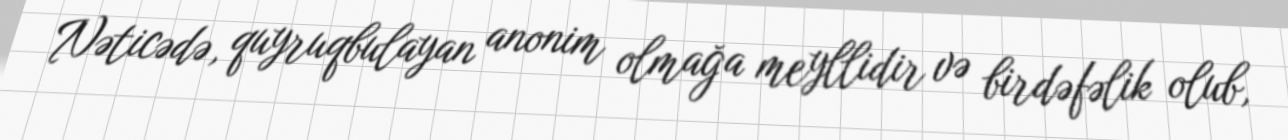
Nəticədə, quyruqbulayan anonim olmağa meyllidir və birdəfəlik olub,